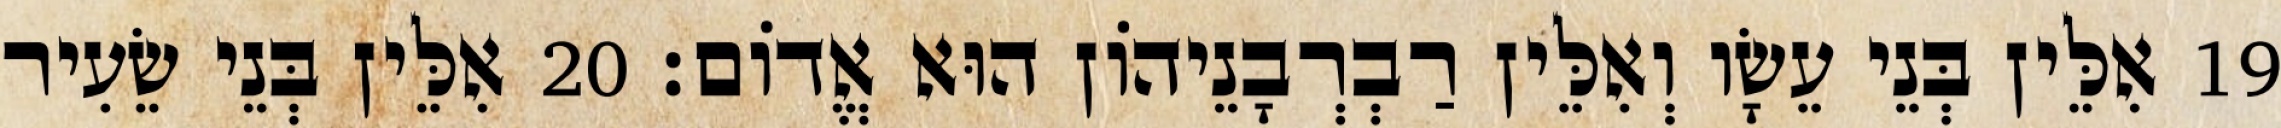
19 אִלֵּין בְּנֵי עֵשָׂו וְאִלֵּין רַבְרְבָנֵיהוֹן הוּא אֱדוֹם׃ 20 אִלֵּין בְּנֵי שֵׂעִיר